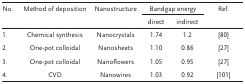
<table><thead><tr><td><b>No.</b></td><td><b>Method of deposition</b></td><td><b>Nanostructure</b></td><td colspan="2"><b>Bandgap energy</b></td><td><b>Ref.</b></td></tr><tr><td></td><td></td><td></td><td><b>direct</b></td><td><b>indirect</b></td><td></td></tr></thead><tbody><tr><td>1.</td><td>Chemical synthesis</td><td>Nanocrystals</td><td>1.74</td><td>1.2</td><td>80</td></tr><tr><td>2.</td><td>One‐pot colloidal</td><td>Nanosheets</td><td>1.10</td><td>0.86</td><td>27</td></tr><tr><td>3.</td><td>One‐pot colloidal</td><td>Nanoflowers</td><td>1.05</td><td>0.95</td><td>27</td></tr><tr><td>4.</td><td>CVD</td><td>Nanowires</td><td>1.03</td><td>0.92</td><td>101</td></tr></tbody></table>